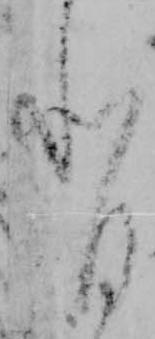
背